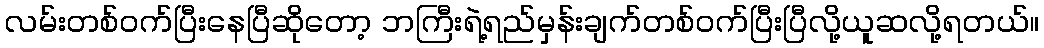
လမ်းတစ်ဝက်ပြီးနေပြီဆိုတော့ ဘကြီးရဲ့ရည်မှန်းချက်တစ်ဝက်ပြီးပြီလို့ယူဆလို့ရတယ်။